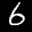
Label: 6